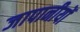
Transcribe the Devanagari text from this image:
जापानीयों